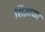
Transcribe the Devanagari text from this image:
सिद्धाळा